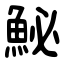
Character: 鮅